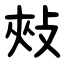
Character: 㪎